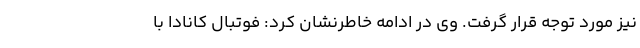
نیز مورد توجه قرار گرفت. وی در ادامه خاطرنشان کرد: فوتبال کانادا با